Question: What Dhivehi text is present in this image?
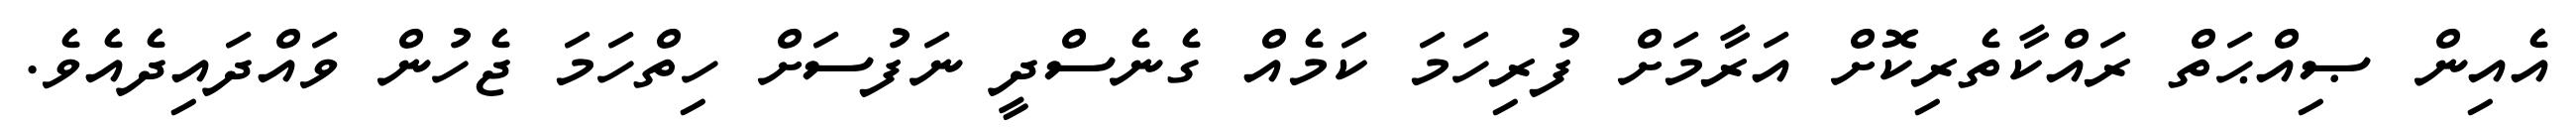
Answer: އެއިން ޞިއްޙަތް ރައްކާތެރިކޮށް އަރާމަށް ފުރިހަމަ ކަމެއް ގެނެސްދީ ނަފުސަށް ހިތްހަމަ ޖެހުން ވައްދައިދެއެވެ.